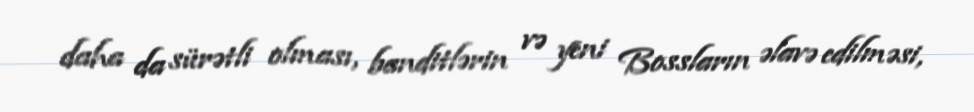
daha da sürətli olması, banditlərin və yeni Bossların əlavə edilməsi,